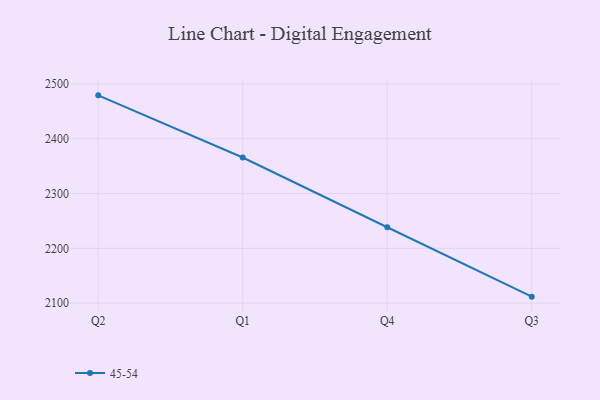
{"axis": {"x": "Quarter", "y": "Churn Rate (%)"}, "legend": ["45-54"], "data": [{"x": "Q2", "y": 2479.2, "type": "45-54"}, {"x": "Q1", "y": 2365.8, "type": "45-54"}, {"x": "Q4", "y": 2238.5, "type": "45-54"}, {"x": "Q3", "y": 2111.9, "type": "45-54"}]}